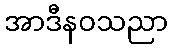
အာဒီနဝသညာ